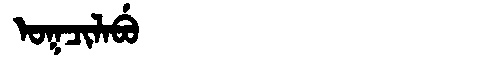
Manchu: ᠣᡴᠴᡳᠯᠠᠪᡠ
Romanization: OKCILABU